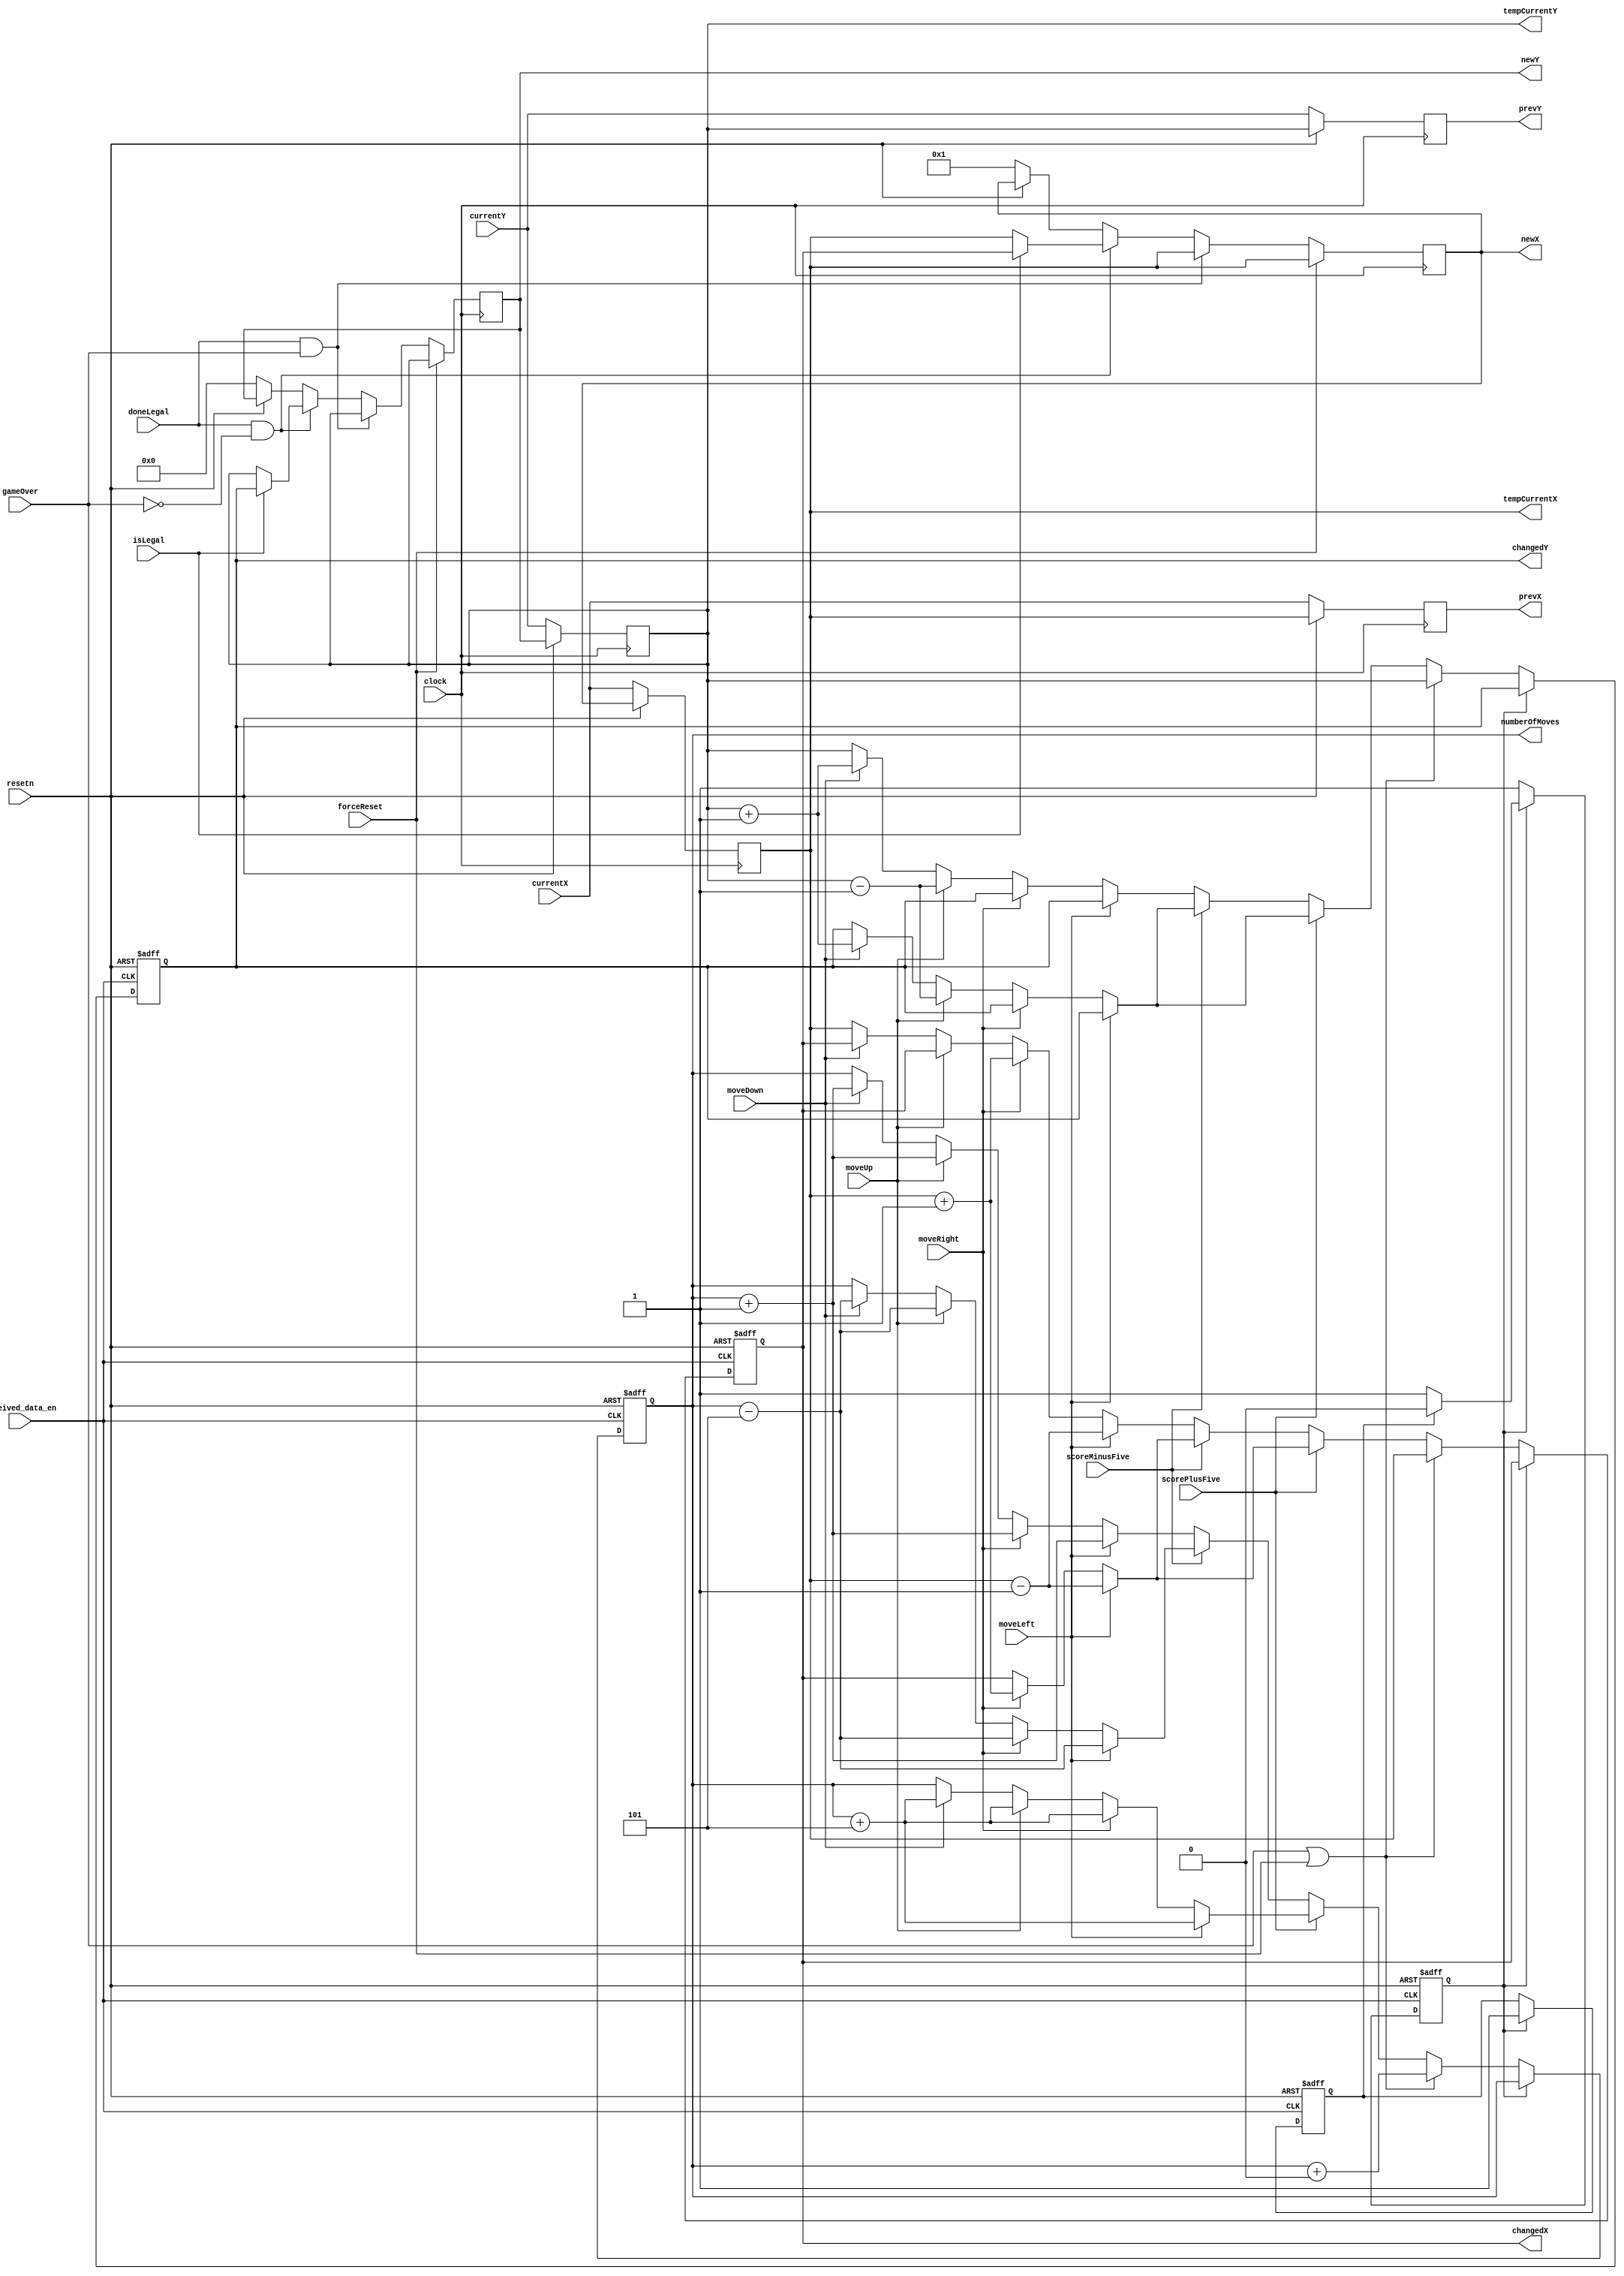
module positionDatapath (
	input clock,
	input resetn,
	input received_data_en,
	input [4:0] currentX, currentY,
	input moveLeft, moveRight, moveUp, moveDown,
	input doneLegal, isLegal, gameOver, forceReset,
	input scorePlusFive, scoreMinusFive,
	output reg [4:0] tempCurrentX, tempCurrentY,
	output reg [4:0] changedX, changedY,
	output reg [4:0] newX, newY,
	output reg [4:0] prevX, prevY,
	output reg [9:0] numberOfMoves
	);
	
	localparam MOVE_ONE_OVER = 5'b00001; //how big is one square on the board?
	
	reg [0:0] doneOnce;
	reg [0:0] doneOncep1;

	always @ (posedge clock) 
	begin: tempCurrent
	
		if(!resetn) begin
			tempCurrentX <= currentX;
			tempCurrentY <= currentY;
			prevX <= currentX;
			prevY <= currentY;
			
		end
		
		else begin
			prevX <= tempCurrentX;
			prevY <= tempCurrentY;
			tempCurrentX <= newX;
			tempCurrentY <= newY;
		end
		
	end
	
	//ALU for determining the value of changedX and changedY
	always @ (posedge received_data_en,  negedge resetn)
	begin: changedPosition

		if(!resetn) begin
			changedX <= 5'd1;
			changedY <= 5'd0;
			numberOfMoves <= 10'd0;
			doneOnce <= 0; 
			doneOncep1 <= 0;
		end
		
		else begin
			if(doneOncep1)
				doneOnce <= 0;
			if(doneOnce)
				doneOncep1 <= 1;
			if(~doneOnce) begin
				doneOnce <= 1'b1;
				
				if(gameOver | forceReset) begin
					changedX <= tempCurrentX;
					changedY <= tempCurrentY;
					numberOfMoves <= numberOfMoves + 10'd0;
				end
				
				else begin
					if(scorePlusFive) begin
						if(moveLeft) begin
							changedX <= tempCurrentX - MOVE_ONE_OVER;
							changedY <= changedY;
							numberOfMoves <= numberOfMoves + 10'd5;
						end
						
						else if(moveRight) begin
							changedX <= tempCurrentX + MOVE_ONE_OVER;
							changedY <= changedY;
							numberOfMoves <= numberOfMoves + 10'd5;
						end
						
						else if(moveUp) begin
							changedY <= tempCurrentY - MOVE_ONE_OVER;
							changedX <= changedX;
							numberOfMoves <= numberOfMoves + 10'd5;
						end
						
						else if(moveDown) begin
							changedY <= tempCurrentY + MOVE_ONE_OVER;
							changedX <= changedX;
							numberOfMoves <= numberOfMoves + 10'd5;
						end
					end
					
					else if(scoreMinusFive) begin
						if(moveLeft) begin
							changedX <= tempCurrentX - MOVE_ONE_OVER;
							changedY <= changedY;
							numberOfMoves <= numberOfMoves - 10'd5;
						end
						
						else if(moveRight) begin
							changedX <= tempCurrentX + MOVE_ONE_OVER;
							changedY <= changedY;
							numberOfMoves <= numberOfMoves - 10'd5;
						end
						
						else if(moveUp) begin
							changedY <= tempCurrentY - MOVE_ONE_OVER;
							changedX <= changedX;
							numberOfMoves <= numberOfMoves - 10'd5;
						end
						
						else if(moveDown) begin
							changedY <= tempCurrentY + MOVE_ONE_OVER;
							changedX <= changedX;
							numberOfMoves <= numberOfMoves - 10'd5;
						end
					end
					
					else begin
						if(moveLeft) begin
							changedX <= tempCurrentX - MOVE_ONE_OVER;
							changedY <= changedY;
							numberOfMoves <= numberOfMoves + 10'd1;
						end
						
						else if(moveRight) begin
							changedX <= tempCurrentX + MOVE_ONE_OVER;
							changedY <= changedY;
							numberOfMoves <= numberOfMoves + 10'd1;
						end
						
						else if(moveUp) begin
							changedY <= tempCurrentY - MOVE_ONE_OVER;
							changedX <= changedX;
							numberOfMoves <= numberOfMoves + 10'd1;
						end
						
						else if(moveDown) begin
							changedY <= tempCurrentY + MOVE_ONE_OVER;
							changedX <= changedX;
							numberOfMoves <= numberOfMoves + 10'd1;
						end
					
						else begin	
							changedX <= tempCurrentX;
							changedY <= tempCurrentY;
						end
					end
				end
			end
		end	
	end
	
	//determining the value of newPosition
	always @ (posedge clock)
	begin: newPosition
		if(!resetn) begin 	
			newX <= 5'd1;
			newY <= 5'd0;
		end
		
		if(forceReset) begin
			newX <= tempCurrentX;
			newY <= tempCurrentY;
		end
		
		else if(doneLegal & gameOver) begin
			newX <= tempCurrentX;
			newY <= tempCurrentY;
		end
		
		else if(doneLegal & !gameOver) begin
			
			if(isLegal) begin
				newX <= changedX;
				newY <= changedY;
			end
			
			else if(!isLegal) begin
				newX <= tempCurrentX;
				newY <= tempCurrentY;
			end
		end
		 
	end
	
endmodule